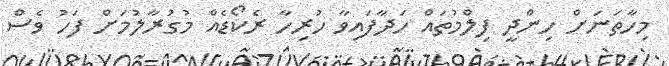
މިހާތަނަށް ހިންދީ ފިލްމުތައް ހަދާފައިވާ ހުރިހާ ރެކޯޑެއް މުގުރާލުމަށް ފަހު ވެސް